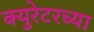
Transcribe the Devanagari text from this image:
क्युरेटरच्या